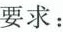
要求：